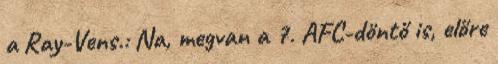
a Ray-Vens.: Na, megvan a 7. AFC-döntő is, előre